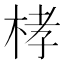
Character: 㭳